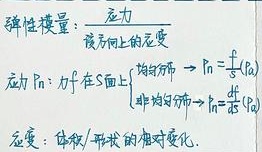
弹性模量：\(\frac{应力}{该方向上的应变}\)
应力 \(P\)：\(f\)在\(S\)面上 \(\begin{cases} 均匀分布 \Rightarrow P_{n} =\frac{f}{S}\\ 非均匀分布\Rightarrow P_{n} =\frac{df}{dS} \end{cases}\)
应变： 物体/形状的相对变化.